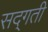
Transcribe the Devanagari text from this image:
सद्‌गती